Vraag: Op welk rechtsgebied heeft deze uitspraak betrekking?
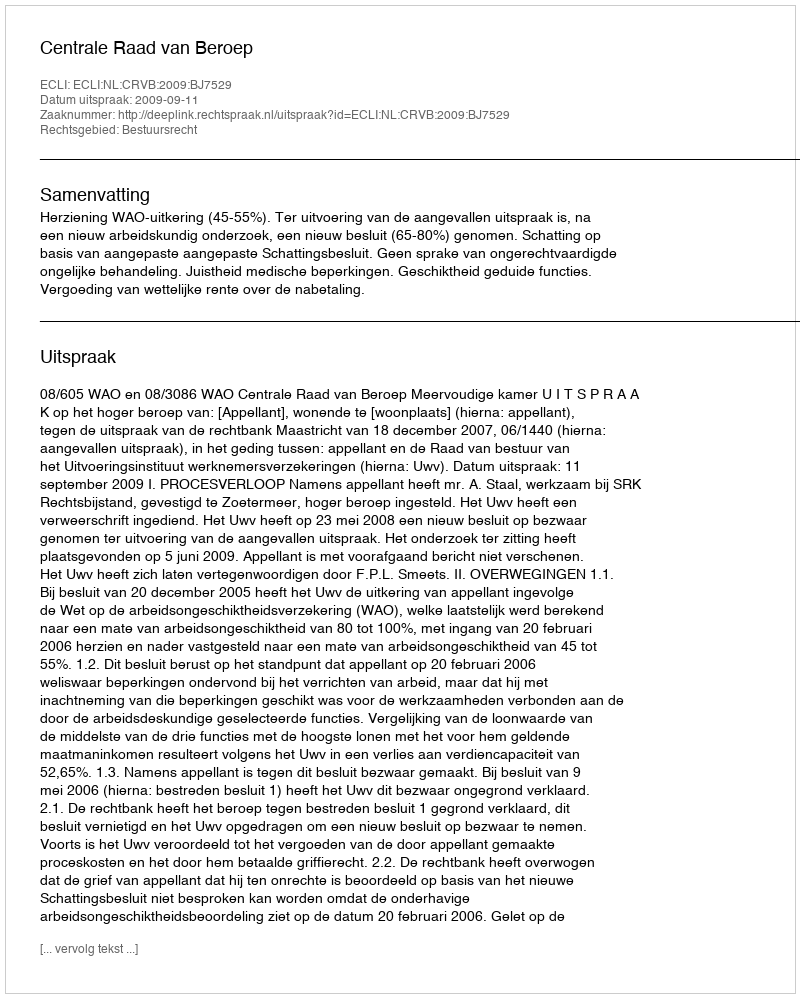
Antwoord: Bestuursrecht